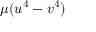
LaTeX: \mu ( u ^ { 4 } - v ^ { 4 } )